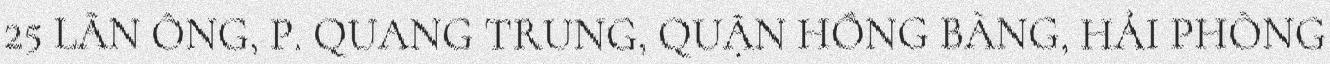
25 LÃN ÔNG, P. QUANG TRUNG, QUẬN HỒNG BÀNG, HẢI PHÒNG